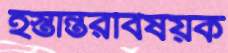
হস্তান্তরবিষয়ক